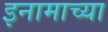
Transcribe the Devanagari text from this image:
इनामाच्या